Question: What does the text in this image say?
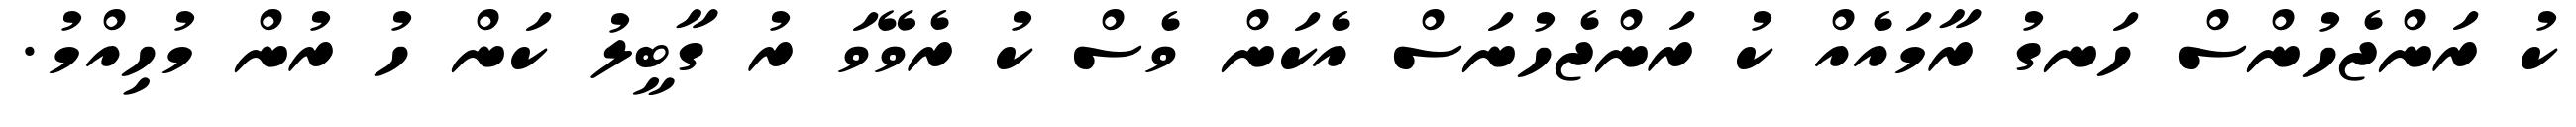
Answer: ކު ރަންޖެހުންސް ހަނގު ރާމައެއް ކު ރަންޖެހުނަސް އެކަން ވެސް ކު ރެވޭވަ ރު ގާބީލު ކަން ހު ރުން މުހިއްމު.